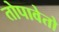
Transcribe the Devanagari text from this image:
तोपावेतो